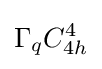
\Gamma _{q}C_{4h}^{4}